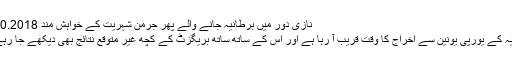
نازی دور میں برطانیہ جانے والے پھر جرمن شہریت کے خواہش مند 19.10.2018
برطانیہ کے یورپی یونین سے اخراج کا وقت قریب آ رہا ہے اور اس کے ساتھ ساتھ بریگزٹ کے کچھ غیر متوقع نتائج بھی دیکھے جا رہے ہیں۔